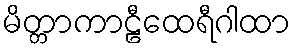
မိတ္တာကာဠီထေရီဂါထာ